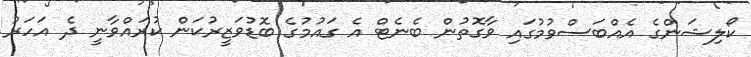
ކޯލިޝަންގެ އެއްބަސްވުމުގައި ވާގޮތުން ބެނެޓް އެ ގައުމުގެ ބޮޑުވަޒީރުކަން ކުރައްވާނީ ދެ އަހަރު